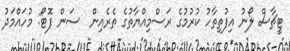
ޓީޗާސް ލޯނު އިފުތިތާހު ކުރުމުގެ ރަސްމިއްޔާތުގެ ތެރެއިން  ސަން ފޮޓޯ: މުހައްމަދު